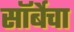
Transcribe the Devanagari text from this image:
सॉर्बेचा